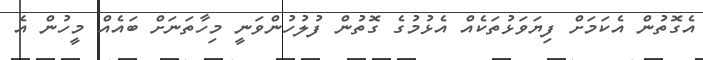
އެގޮތުން އެކަމަށް ފިޔަވަޅުތަކެއް އެޅުމުގެ ގޮތުން ފުލުހުންވަނީ މިހާތަނަށް ބައެއް މީހުން އެ